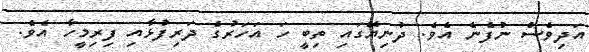
އަދިވެސް ނުފެނެ އެވެ. ދުނިޔޭގައި ތިބީ ހަ އަހަރުގެ ދަރިފުޅާއި ފިރިމީހާ އެވެ.